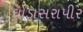
ઘોડાસરાપીર